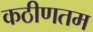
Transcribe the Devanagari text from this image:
कठीणतम